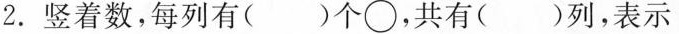
2. 竖着数，每列有( )个○，共有( )列，表示